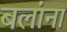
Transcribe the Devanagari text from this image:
बलांना